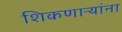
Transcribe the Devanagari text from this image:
शिकणाऱ्यांना